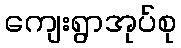
ကျေးရွာအုပ်စု